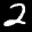
Label: 2